Materia medica of Madras volume I
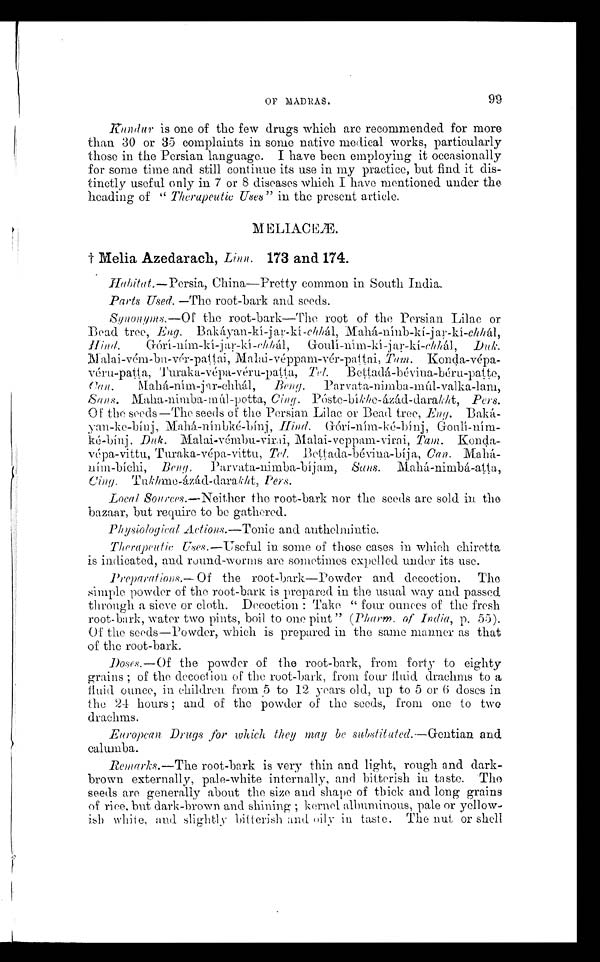
OF MADRAS.
99
Kundur
is one of the few drugs which are recommended for more
than 30 or 35 complaints in some native medical works, particularly
those in the Persian language. I have been employing it occasionally
for some time and still continue its use in my practice, but find it dis-
tinctly useful only in 7 or 8 diseases which I have mentioned under the
heading of " Therapeutic Uses" in the present article.
M E L I A C E Æ .
† Melia Azedarach, Linn. 173 and. 174.
Habitat.— Persia , China—Pretty common in South India.
Parts Used. —The root-bark and seeds.
Synonyms.— Of the root-bark—The root of the Persian Lilac or
Bead tree, E ng. Bakáyan-kí-jar-kí-chhál,
Mahá-nínb-kí-jar-kí-chhál,
Hind. Górí-ním-kí-jar-kí-chhál, Goulí-nim-kí-jar-kí-chhál, Duk.
Malai-vém-bu-vér-pattai, Malai-véppam-vér-pattai, Tam. Konda-vépa-
véru-patta, Turaka-vépa-véru-patta, Tel. Bettadá-bévina-béru-patte,
Can. Mahá-ním-jar-chhál, Beng. Parvata-nimba-múl-valka-lam,
S ans. Maha-nimba-múl-potta, C ing. Póste-bíkhe-ázád-darakht , Pers.
Of the seeds—The seeds of the Persian Lilac or Bead tree, Eng.
Baká-yan-ke-bínj, Mahá-nínbké-bínj, Hind. G ó r í - n í m - k é - b í n j ,
G o u l í
- n í m - k é
- b í n j .
D u k .
M a l a i - v é m b u - v i r a i , M a l a i - v e p p a m - v i r a i ,T
a m .
Konda-vépa-vittu, Turaka-vépa-vittu, Tel. Bettada-bévina-bíja, Can. Mahá-
ním-bíchi, Beng.
Parvata-nimba-bíjam, Sans. M a h á
- n i m b á
- atta,
Cing. Tukhme-ázád-darakht, Pers.
L ocal Sources.—Neither the root-bark nor the seeds are sold in the
bazaar, but require to be gathered.
Physiological A ctions.—Tonic and anthelmintic.
Therapeutic Uses.—Useful in some of those cases in which chiretta
is indicated, and round-worms are sometimes expelled under its use.
P reparations.— Of the root-bark—Powder and decoction. The
simple powder of the root-bark is prepared in the usual way and passed
through a sieve or cloth. Decoction : Take " four ounces of the fresh
root-bark, water two pints, boil to one pint " ( Pharm. of I ndia, p. 55).
Of the seeds—Powder, which is prepared in the same manner as that
of the root-bark.
Doses .—Of the powder of the root-bark, from forty to eighty
grains ; of the decoction of the root-bark, from four fluid drachms to a
fluid ounce, in children from 5 to 12 years old, up to 5 or 6 doses in
the 24 hours ; and of the powder of the seeds, from one to two
drachms.
European D rugs for which they may be substituted.—Gentian and
calumba.
R emarks.— The root-bark is very thin and light, rough and dark-
brown externally, pale-white internally, and bitterish in taste. The
seeds are generally about the size and shape of thick and long grains
of rice. but dark-brown and shining ; kernel albuminous, pale or yellow-
ish white, and slightly bitterish and oily in taste. The nut or shell